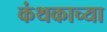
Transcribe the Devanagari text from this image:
कंथकाच्या